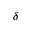
\delta